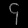
Digit: ၄